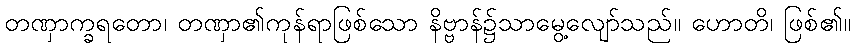
တဏှာက္ခရတော၊ တဏှာ၏ကုန်ရာဖြစ်သော နိဗ္ဗာန်၌သာမွေ့လျော်သည်။ ဟောတိ၊ ဖြစ်၏။